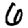
Digit: 6